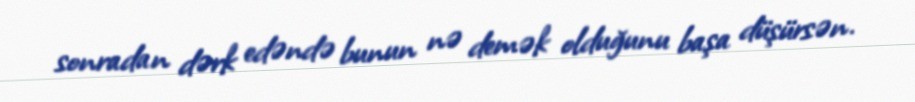
sonradan dərk edəndə bunun nə demək olduğunu başa düşürsən.